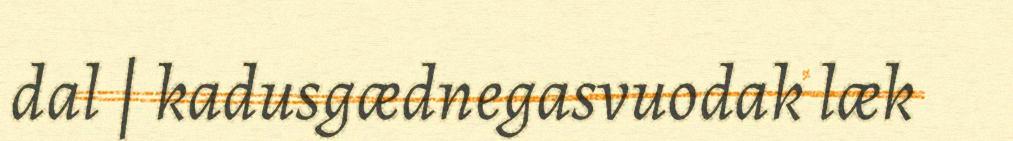
dal | kadusgædnegasvuodak læk